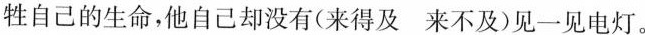
牲自己的生命，他自己却没有(来得及 来不及)见一见电灯。